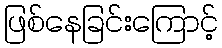
ဖြစ်နေခြင်းကြောင့်